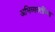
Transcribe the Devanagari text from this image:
अभिव्यक्तींच्या